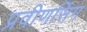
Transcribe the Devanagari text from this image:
प्रवीणसिंग